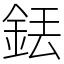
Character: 銩